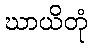
ဃာယိတုံ